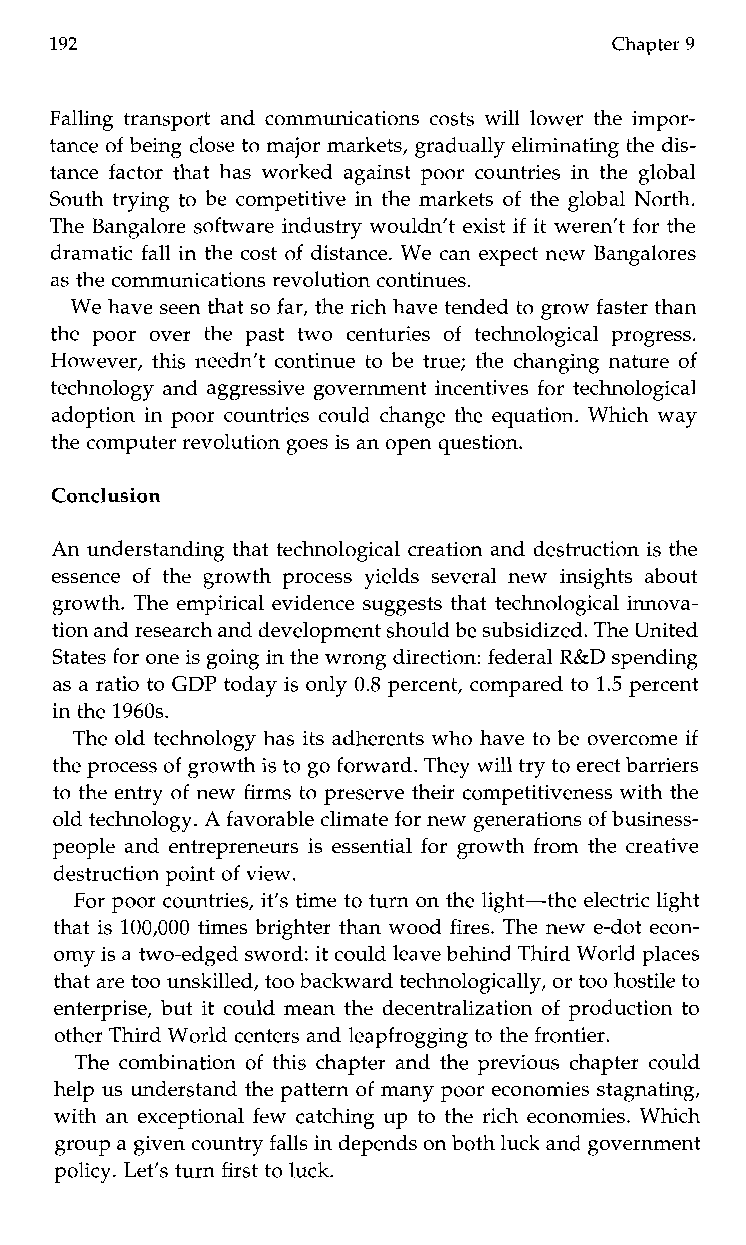
192                                  Chapter 9
 Falling transport and communications costs will lower the impor-
 tance of being close to major markets, gradually eliminating the dis-
 tance factor that has worked against poor countries in the global
 South trying to be competitive in the markets of the global North.
 The Bangalore software industry wouldn’t exist if it weren’t for the
 dramatic fall in the cost of distance. We can expect new Bangalores
 as the communications revolution continues.
 We have seen that so far, the rich have tended to grow faster than
 the poor over the pastt wo centuries of technological progress.
 However, this needn’t continue to be true; the changing nature of
 technology and aggressive government incentives for technological
 adoption in poor countries could change the equation. Which way
 the computer revolution goes is an open question.
 Conclusion
 An understanding that technological creation and destruction is the
 essence of the growth process yields several new insights about
 growth. The empirical evidence suggests that technological innova-
 tion and research and development shouldb e subsidized. The United
 States for one is going in the wrong direction: federal R&D spending
 as a ratio to GDP today is only 0.8 percent, compared to 1.5 percent
 in the 1960s.
 The old technology has its adherents who have to be overcome if
 the process of growth is to go forward. They will try to erect barriers
 to the entry of new firms to preserve their competitiveness with the
 old technology. A favorable climate for new generations of business-
 people and entrepreneurs is essential for growth from the creative
 destruction pointo f view.
 For poor countries, it’s time to turn on the light-the electric light
 that is 100,000 times brighter than wood fires. The new e-dot econ-
 omy is a two-edged sword:i t could leave behind Third World places
 that are too unskilled, too backward technologically, or too hostile to
 enterprise, but it could mean the decentralization of production to
 other Third World centers and leapfrogging to the frontier.
 The combination of this chapter and the previous chapter could
 help us understand the pattern of many poor economies stagnating,
 with an exceptional few catching up to the rich economies. Which
 group ag iven country falls in depends on bothl uck and government
 policy. Let’s turn first to luck.